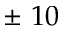
\pm \nobreakspace 1 0 \nobreakspace